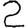
Digit: 2